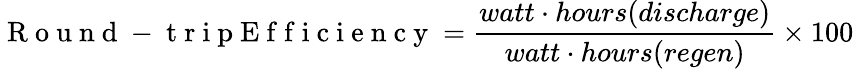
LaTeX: \mathrm{~R~o~u~n~d~-~t~r~i~p~E~f~f~i~c~i~e~n~c~y~}=\frac{watt\cdot hours(discharge)}{watt\cdot hours(regen)}\times 100\